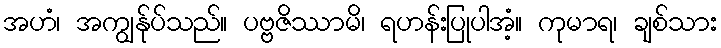
အဟံ၊ အကျွန်ုပ်သည်။ ပဗ္ဗဇိဿာမိ၊ ရဟန်းပြုပါအံ့။ ကုမာရ၊ ချစ်သား